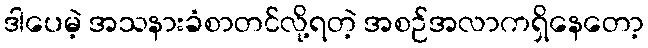
ဒါပေမဲ့ အသနားခံစာတင်လို့ရတဲ့ အစဉ်အလာကရှိနေတော့